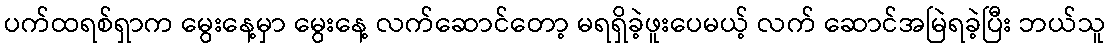
ပက်ထရစ်ရှာက မွေးနေ့မှာ မွေးနေ့ လက်ဆောင်တော့ မရရှိခဲ့ဖူးပေမယ့် လက် ဆောင်အမြဲရခဲ့ပြီး ဘယ်သူ